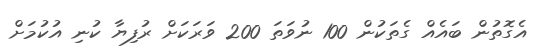
އެގޮތުން ބައެއް ގެތަކުން 100 ނުވަތަ 200 ވަރަކަށް ރުފިޔާ ކުނި އުކުމަށް